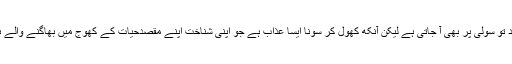
کہا جاتا ہے کہ نیند تو سولی پر بھی آ جاتی ہے لیکن آنکھ کھول کر سونا ایسا عذاب ہے جو اپنی شناخت اپنے مقصدِحیات کے کھوج میں بھاگنے والے ہی جان سکتے ہیں۔